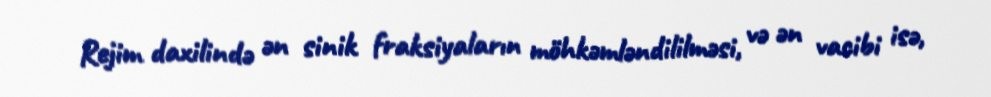
Rejim daxilində ən sinik fraksiyaların möhkəmləndililməsi, və ən vacibi isə,